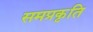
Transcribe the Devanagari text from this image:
समप्रकृति